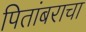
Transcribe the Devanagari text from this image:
पितांबराचा